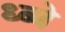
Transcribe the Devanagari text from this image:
ध्ब्बे